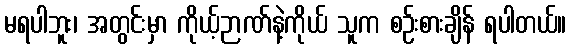
မရပါဘူး၊ အတွင်းမှာ ကိုယ့်ဉာဏ်နဲ့ကိုယ် သူက စဉ်းစားချိန် ရပါတယ်။